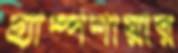
হ্যাম্পশায়ার